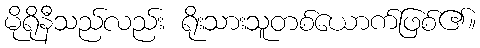
မိုရိုနီသည်လည်း ရိုးသားသူတစ်ယောက်ဖြစ်၏။